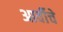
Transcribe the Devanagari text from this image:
आर्वीचे